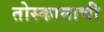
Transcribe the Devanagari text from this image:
तोस्कानाची